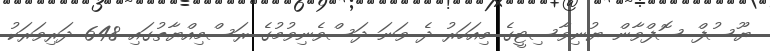
ޔޫސުފް ސޮފްވާން ޔުނިވާސިޓީގެ މިއަހަރު ދެ ވަނަ ދަސްވެނިވުމުގެ ރަސްމިއްޔާތުގައި 648 ދަރިވަރަކު